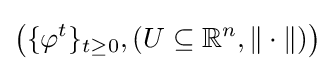
{\big (}\{\varphi ^{t}\}_{t\geq 0},(U\subseteq \mathbb {R} ^{n},\|\cdot \|){\big )}